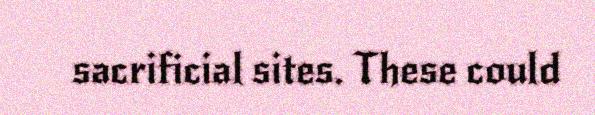
sacrificial sites. These could